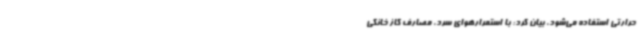
حرارتی استفاده می‌شود، بیان کرد: با استمرارهوای سرد، مصارف گاز خانگی